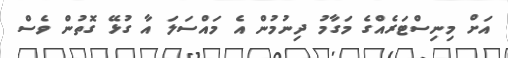
އަށް މިނިސްޓަރެއްގެ މަގާމު ދިނުމުން އެ މައްސަލަ އާ ގުޅޭ ގޮތުން ވެސް